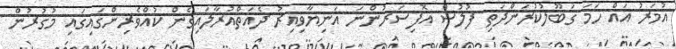
އުމަރު އައް ހަމަ ގަބޫލުކުރަންދަތި ފުލުސް އޮފިސަރުންނަ އަނިޔާވިއިރު ދެއަތްއުރާލައިގެން ކުއްވެރިންގައިގައި މުގުރުން